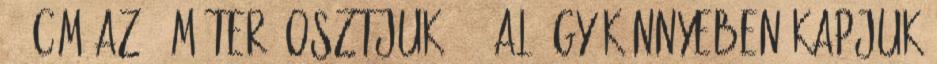
100cm az 1 méter. osztjuk 100-al Így könnyeben kapjuk